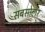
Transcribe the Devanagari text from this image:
सबसोलर